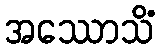
အဿောသိံ